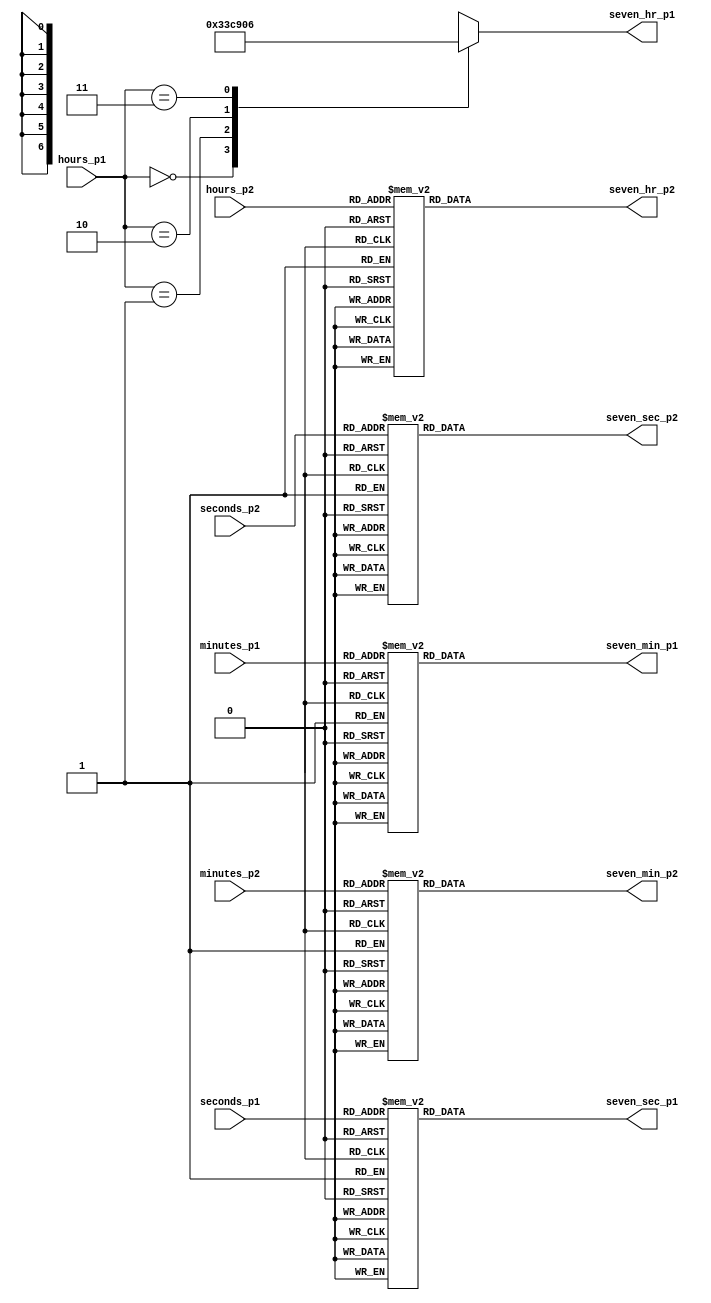
module seven_seq_display(seconds_p1,seconds_p2,minutes_p1,minutes_p2,hours_p1,hours_p2,
seven_sec_p1,seven_sec_p2,seven_min_p1,seven_min_p2,seven_hr_p1,seven_hr_p2);
input [2:0] seconds_p1;
input [3:0] seconds_p2;
input [2:0] minutes_p1;
input [3:0] minutes_p2;
input [1:0] hours_p1 ;
input [3:0] hours_p2;
output reg [6:0] seven_sec_p1,seven_sec_p2,seven_min_p1,seven_min_p2,seven_hr_p1,seven_hr_p2;
always @ (*)
begin
case (seconds_p1)
3'b000 : seven_sec_p1 = 7'b0000001 ;
3'b001 : seven_sec_p1 = 7'b1001111 ;
3'b010 : seven_sec_p1 = 7'b0010010 ;
3'b011 : seven_sec_p1 = 7'b0000110 ;
3'b100 : seven_sec_p1 = 7'b1001100 ;
3'b101 : seven_sec_p1 = 7'b0100100 ;
3'b110 : seven_sec_p1 = 7'b0100000 ;
3'b111 : seven_sec_p1 = 7'b0001111 ;
default : seven_sec_p1 = 7'b0000000 ;
endcase
end
always @ (*)
begin
case (seconds_p2)
4'b0000 : seven_sec_p2 = 7'b0000001 ;
4'b0001 : seven_sec_p2 = 7'b1001111 ;
4'b0010 : seven_sec_p2 = 7'b0010010 ;
4'b0011 : seven_sec_p2 = 7'b0000110 ;
4'b0100 : seven_sec_p2 = 7'b1001100 ;
4'b0101 : seven_sec_p2 = 7'b0100100 ;
4'b0110 : seven_sec_p2 = 7'b0100000 ;
4'b0111 : seven_sec_p2 = 7'b0001111 ;
4'b1000 : seven_sec_p2 = 7'b0000000 ;
4'b1001 : seven_sec_p2 = 7'b0000100 ;
default : seven_sec_p2 = 7'b0000000 ;
endcase
end
always @ (*)
begin
case (minutes_p1)
3'b000 : seven_min_p1 = 7'b0000001 ;
3'b001 : seven_min_p1 = 7'b1001111 ;
3'b010 : seven_min_p1 = 7'b0010010 ;
3'b011 : seven_min_p1 = 7'b0000110 ;
3'b100 : seven_min_p1 = 7'b1001100 ;
3'b101 : seven_min_p1 = 7'b0100100 ;
3'b110 : seven_min_p1 = 7'b0100000 ;
3'b111 : seven_min_p1 = 7'b0001111 ;
default : seven_min_p1 = 7'b0000000 ;
endcase
end
always @ (*)
begin
case(minutes_p2)
4'b0000 : seven_min_p2 = 7'b0000001 ;
4'b0001 : seven_min_p2 = 7'b1001111 ;
4'b0010 : seven_min_p2 = 7'b0010010 ;
4'b0011 : seven_min_p2 = 7'b0000110 ;
4'b0100 : seven_min_p2 = 7'b1001100 ;
4'b0101 : seven_min_p2 = 7'b0100100 ;
4'b0110 : seven_min_p2 = 7'b0100000 ;
4'b0111 : seven_min_p2 = 7'b0001111 ;
4'b1000 : seven_min_p2 = 7'b0000000 ;
4'b1001 : seven_min_p2 = 7'b0000100 ;
default : seven_min_p2 = 7'b0000000 ;
endcase
end
always @ (*)
begin
case (hours_p1)
2'b00 : seven_hr_p1 = 7'b0000001 ;
2'b01 : seven_hr_p1 = 7'b1001111 ;
2'b10 : seven_hr_p1 = 7'b0010010 ;
2'b11 : seven_hr_p1 = 7'b0000110 ;
default : seven_hr_p1 = 7'b0000000 ;
endcase
end
always @ (*)
begin
case (hours_p2)
4'b0000 : seven_hr_p2 = 7'b0000001 ;
4'b0001 : seven_hr_p2 = 7'b1001111 ;
4'b0010 : seven_hr_p2 = 7'b0010010 ;
4'b0011 : seven_hr_p2 = 7'b0000110 ;
4'b0100 : seven_hr_p2 = 7'b1001100 ;
4'b0101 : seven_hr_p2 = 7'b0100100 ;
4'b0110 : seven_hr_p2 = 7'b0100000 ;
4'b0111 : seven_hr_p2 = 7'b0001111 ;
4'b1000 : seven_hr_p2 = 7'b0000000 ;
4'b1001 : seven_hr_p2 = 7'b0000100 ;
default : seven_hr_p2 = 7'b0000000 ;
endcase
end
endmodule